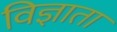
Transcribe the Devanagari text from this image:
विज्ञाता